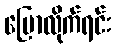
ပြောလိုက်ရင်း